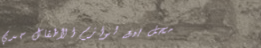
محل بيع لوازم الأطفال حدي